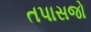
તપાસજો